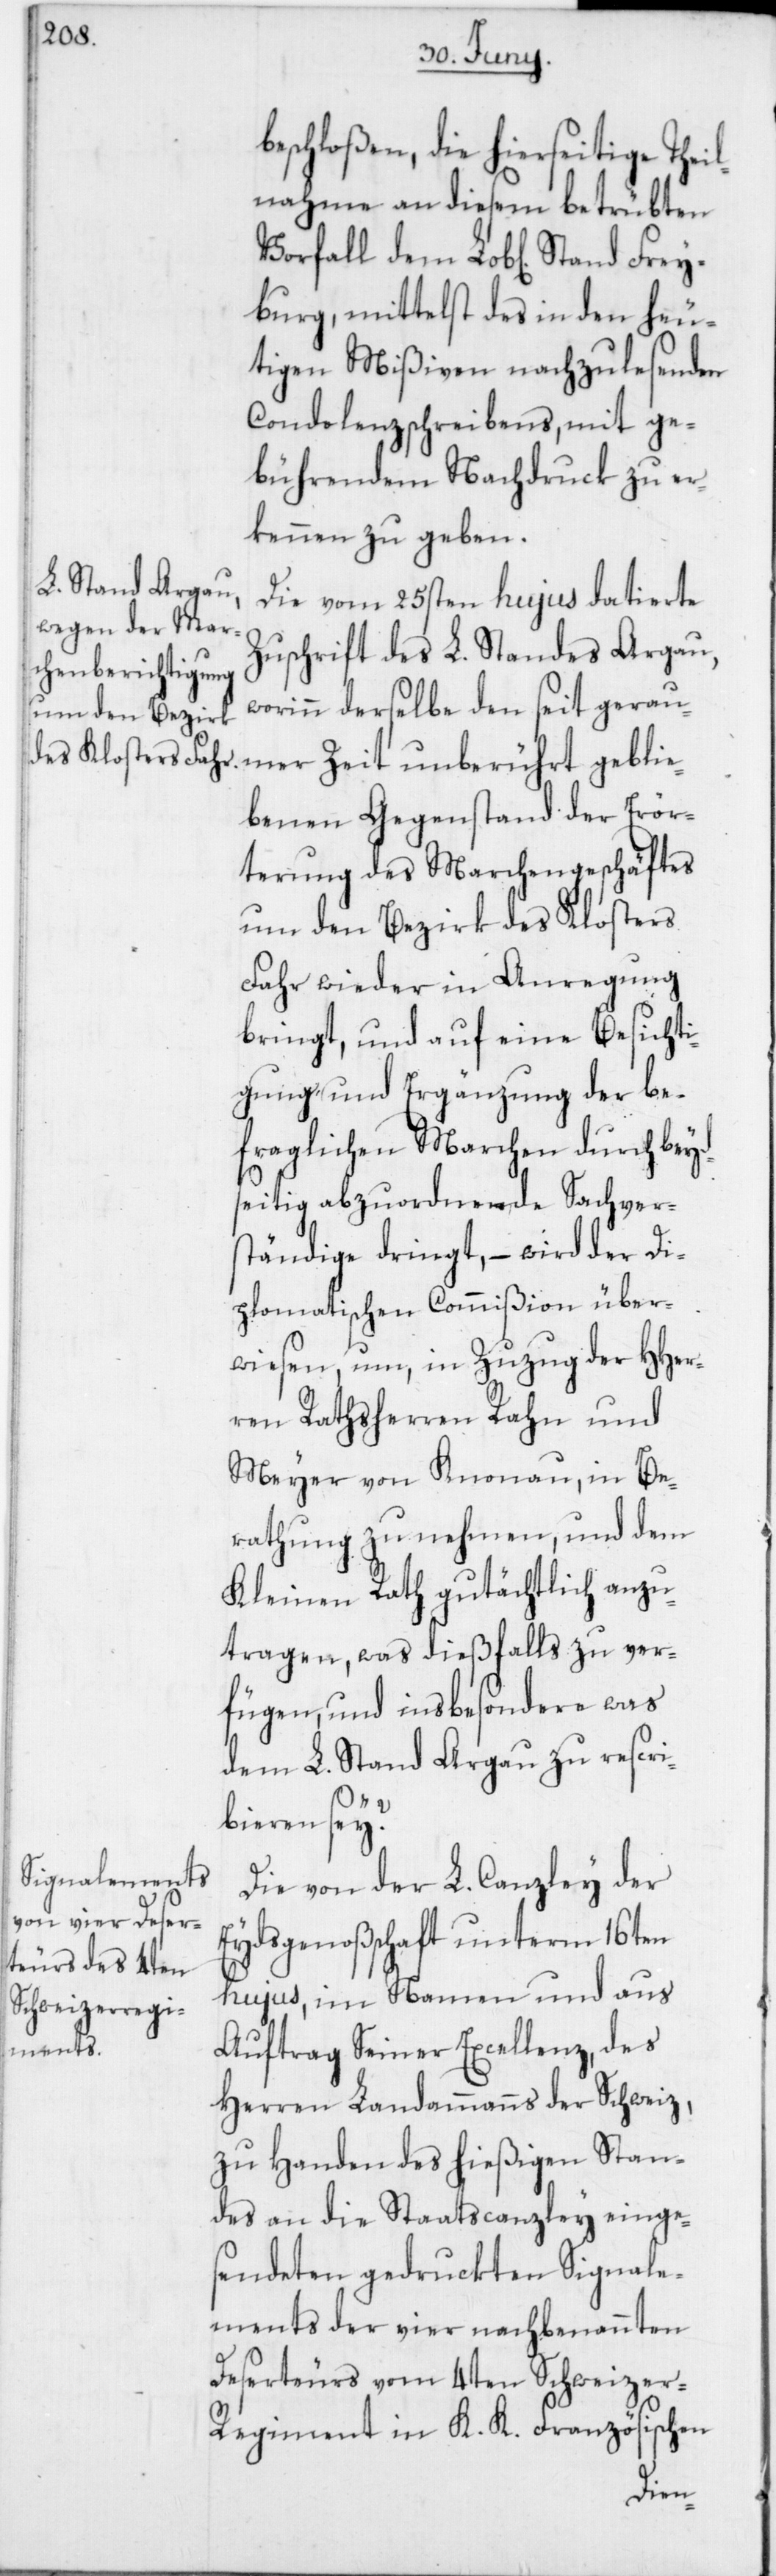
beschloßen, die hierseitige Theil¬
nahme an diesem betrübten
burg, mittelst des in den heu¬
tigen Mißiven nachzulesenden
Condolenzschreibens, mit ge¬
bührendem Nachdruck zu er¬
kennen zu geben.
Die vom 25sten hujus datierte
Zuschrift des L. Standes Argau,
worinn derselbe den seit gerau¬
mer Zeit unberührt geblie¬
benen Gegenstand der Erör¬
terung des Marchengeschäftes
um den Bezirk des Klosters
Fahr wieder in Anregung
bringt, und auf eine Besichti¬
gung und Ergänzung der be¬
fraglichen Marchen durch bey¬
dseitig abzuordnende Sachver¬
ständige dringt, – wird der Di¬
plomatischen Commißion über¬
wiesen, um, in Zuzug der HHer¬
ren Rathsherren Rahn und
Meyer von Knonau, in Be¬
rathung zu nehmen und dem
Kleinen Rath gutächtlich anzu¬
tragen, was dießfalls zu ver¬
fügen, und insbesondere was
dem L. Stand Argau zu rescri¬
bieren sey?
Die von der L. Canzley der
Eydsgenoßschaft unterm 16ten
hujus, im Namen und aus
Auftrag Seiner Excellenz des
Herren Landammanns der Schweiz,
zu Handen des hießigen Stan¬
des an die Staatscanzley einge¬
sendeten gedruckten Signale¬
ments der vier nachbenannten
Deserteurs vom 4ten Schweizer-R¬
egiment in K. K. Französischen
Frey¬